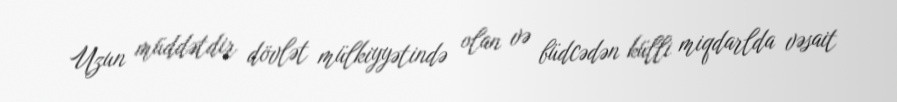
Uzun müddətdir dövlət mülkiyyətində olan və büdcədən külli miqdarlda vəsait